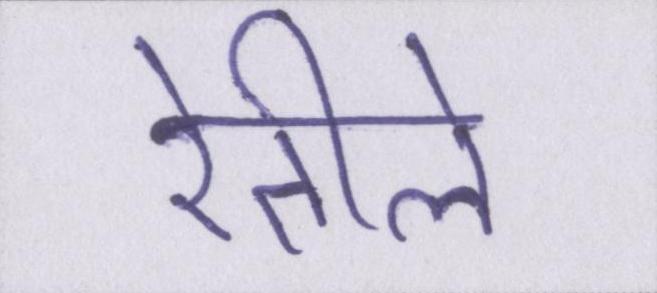
रेतीले